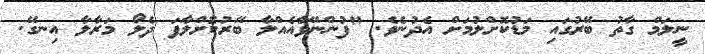
ނީލަމް ގާތު ބޭރުގައި މަޑުކޮށްލުމަށް އެދުނެވެ. "ފުންނޭވާއެއްލާ ބޭރުކޮށްލާފަ ދެލޯ މަރާލާ އިނގޭ.